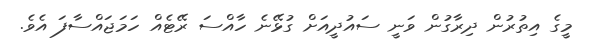
މީގެ އިތުރުން ދިރާގުން ވަނީ ސައުދީއަށް ގުޅޭނެ ހާއްސަ ރޭޓެއް ހަމަޖައްސާފަ އެވެ.